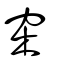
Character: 穼